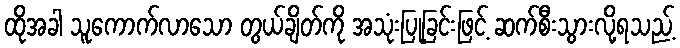
ထိုအခါ သူကောက်လာသော တွယ်ချိတ်ကို အသုံးပြုခြင်းဖြင့် ဆက်စီးသွားလို့ရသည့်